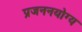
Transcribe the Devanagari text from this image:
प्रजननयोग्य